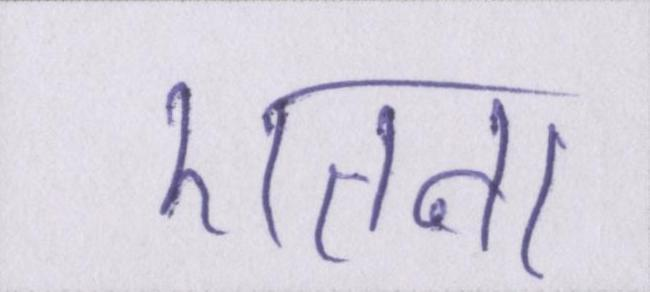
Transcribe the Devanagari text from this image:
एतना